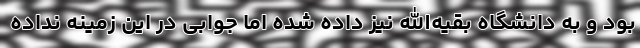
بود و به دانشگاه بقیه‌الله نیز داده شده اما جوابی در این زمینه نداده